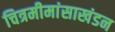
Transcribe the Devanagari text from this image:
चित्रमीमांसाखंडन